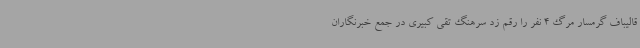
قالیباف گرمسار مرگ 4 نفر را رقم زد سرهنگ تقی کبیری در جمع خبرنگاران